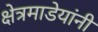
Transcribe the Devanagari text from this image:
क्षेत्रमाडेयांनी